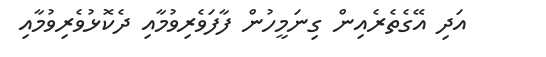
އަދި އޭގެތެރެއިން ގިނަމީހުން ފާފަވެރިވުމާއި ދެކޮޅުވެރިވުމާއި